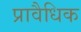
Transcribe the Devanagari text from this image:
प्रावैधिक